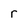
Character: r